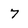
Character: 7